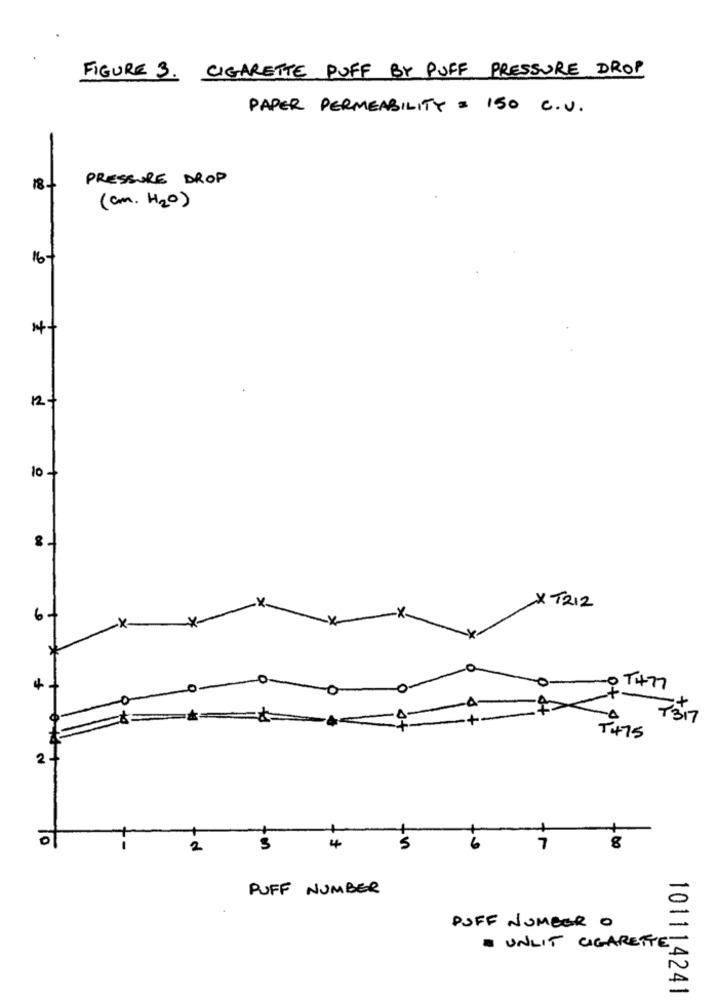
FIGURE 3. CIGARETTE PUFF BY PUFF PRESSURE DROP
PAPER PERMEABILITY = 150 C.U.
PRESSURE DROP
18+
(cm. H2O)
16+
4+
12+
10+
XT212
0TH77
-4
7317
T475
2 -
4
5
2
3
PUFF NUMBER
POFF NUMBER O
. UNLIT CIGARETTE
101114241